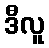
ဒီလူ